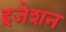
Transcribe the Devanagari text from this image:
इजेशन